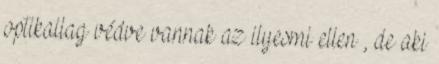
optikailag védve vannak az ilyesmi ellen , de aki